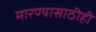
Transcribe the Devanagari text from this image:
मारण्यासाठीही